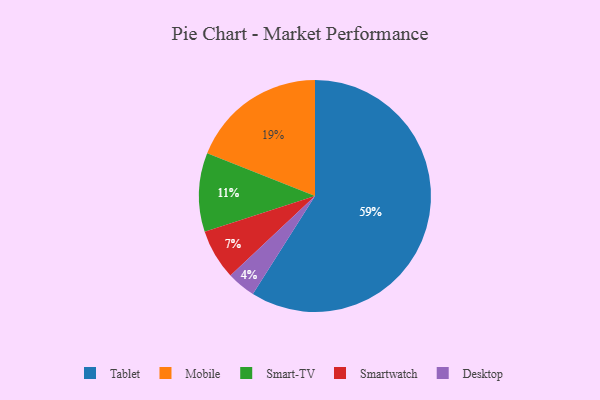
{"axis": {"x": "Category", "y": "Percentage"}, "legend": ["Desktop", "Mobile", "Smart-TV", "Smartwatch", "Tablet"], "data": [{"x": "Tablet", "y": 59, "type": "Tablet"}, {"x": "Desktop", "y": 4, "type": "Desktop"}, {"x": "Smart-TV", "y": 11, "type": "Smart-TV"}, {"x": "Smartwatch", "y": 7, "type": "Smartwatch"}, {"x": "Mobile", "y": 19, "type": "Mobile"}]}